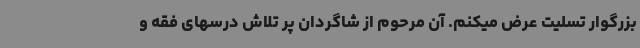
بزرگوار تسلیت عرض میکنم. آن مرحوم از شاگردان پر تلاش درسهای فقه و